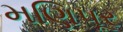
મણિપૂર